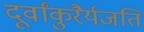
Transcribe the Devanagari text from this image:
दूर्वांकुरैर्यजति